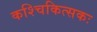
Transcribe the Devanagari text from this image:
कश्चिकित्सकः